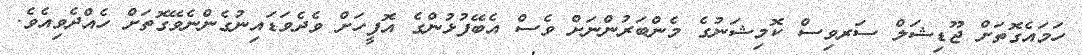
ހަމައެގޮތަށް ޖޫޑިޝަލް ސަރވިސް ކޮމިޝަނުގެ މެންބަރުންނަށް ވެސް އެބޭފުޅުންގެ އޮފީހަށް ވެދެވަޑައިނުގެންނެވޭގޮތަށް ހެއްދެވިއެވެ.